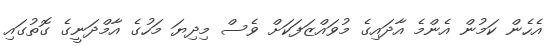
އެހެން ކަމުން އެންމެ އާދައިގެ މުވައްޒަފަކަށް ވެސް މިދިޔަ މަހުގެ އާމްދަނީގެ ގޮތުގައި